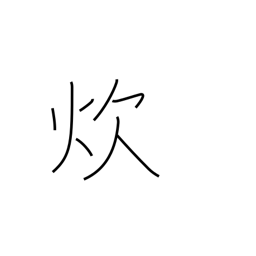
Meaning: cook